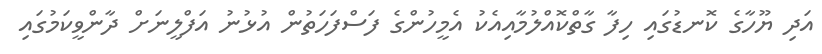
އަދި ޔޫހާގެ ކޮނޑުގައި ހިފާ ގާތްކޮއްލުމާއިއެކު އެމީހުންގެ ފަސްފަހަތުން އުޅުނު އަފްލީނަށް ދާންވީކަމުގައި